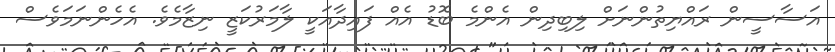
އަސާސީން ރައްޔިތުންނަށް ލިބިދިން އެންމެ ބޮޑު އެއް ފައިދާއަކީ ލާމަރުކަޒީ ނިޒާމެވެ. އެހެންނަމަވެސް